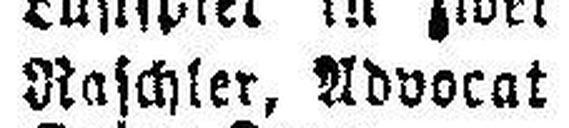
Raschler, Advocat